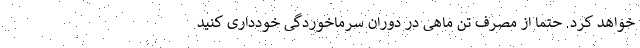
خواهد کرد. حتماً از مصرف تن ماهی در دوران سرماخوردگی خودداری کنید